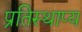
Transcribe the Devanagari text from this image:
प्रतिस्थाप्य